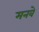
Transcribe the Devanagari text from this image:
मनवे